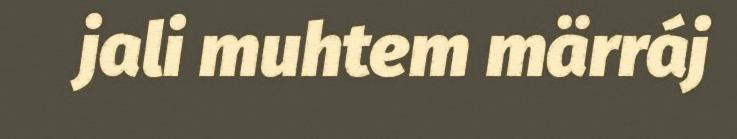
jali muhtem märráj